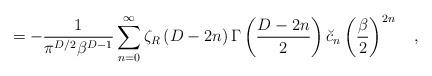
LaTeX: \begin{align*}=-{1 \over \pi^{D/2}\beta^{D-1}}\sum_{n=0}^{\infty}\zeta_R\left(D-2n\right)\Gamma\left({D-2n \over 2}\right)\breve{c}_{n}\left({\beta \over 2}\right)^{2n}~~~,\end{align*}